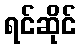
ရင်ဆိုင်